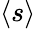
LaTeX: \langle s\rangle